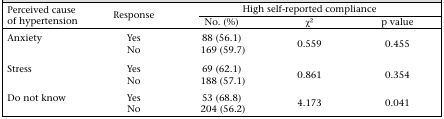
| <ROWSPAN=2> Perceived cause of hypertension | <ROWSPAN=2> Response | <COLSPAN=3> High self-reported compliance |
 | No. (%) | χ2 | p value |
 | --- | --- | --- | --- | --- |
 | <ROWSPAN=2> Anxiety | Yes | 88 (56.1) | <ROWSPAN=2> 0.559 | <ROWSPAN=2> 0.455 |
 | No | 169 (59.7) |
 | <ROWSPAN=2> Stress | Yes | 69 (62.1) | <ROWSPAN=2> 0.861 | <ROWSPAN=2> 0.354 |
 | No | 188 (57.1) |
 | <ROWSPAN=2> Do not know | Yes | 53 (68.8) | <ROWSPAN=2> 4.173 | <ROWSPAN=2> 0.041 |
 | No | 204 (56.2) |